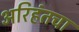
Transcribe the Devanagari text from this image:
अरिहंतचा